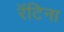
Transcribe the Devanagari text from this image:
रॅटिना